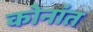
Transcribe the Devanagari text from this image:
कोनांत